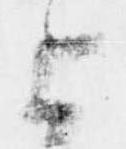
上